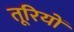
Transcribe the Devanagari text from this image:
तूरियों